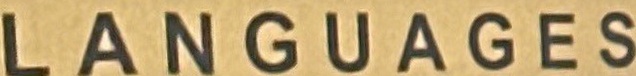
LANGUAGES